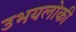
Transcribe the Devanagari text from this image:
उभयलोकी